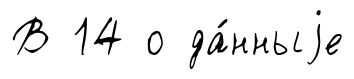
В 14 о да́нныjе